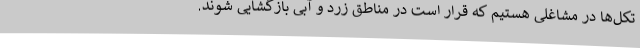
تکل‌ها در مشاغلی هستیم که قرار است در مناطق زرد و آبی بازگشایی شوند.